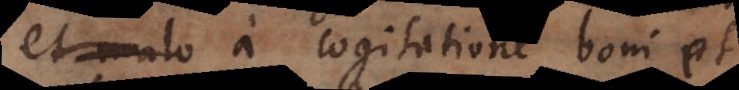
et malo a cogitatione boni et